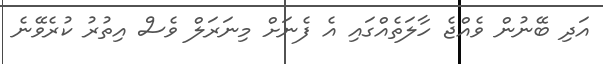
އަދި ބޭނުން ވެއްޖެ ހާލަތެއްގައި އެ ފެނަށް މިނަރަލް ވެސް އިތުރު ކުރެވޭނެ